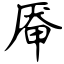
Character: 厣